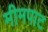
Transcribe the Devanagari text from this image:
मीमपाट